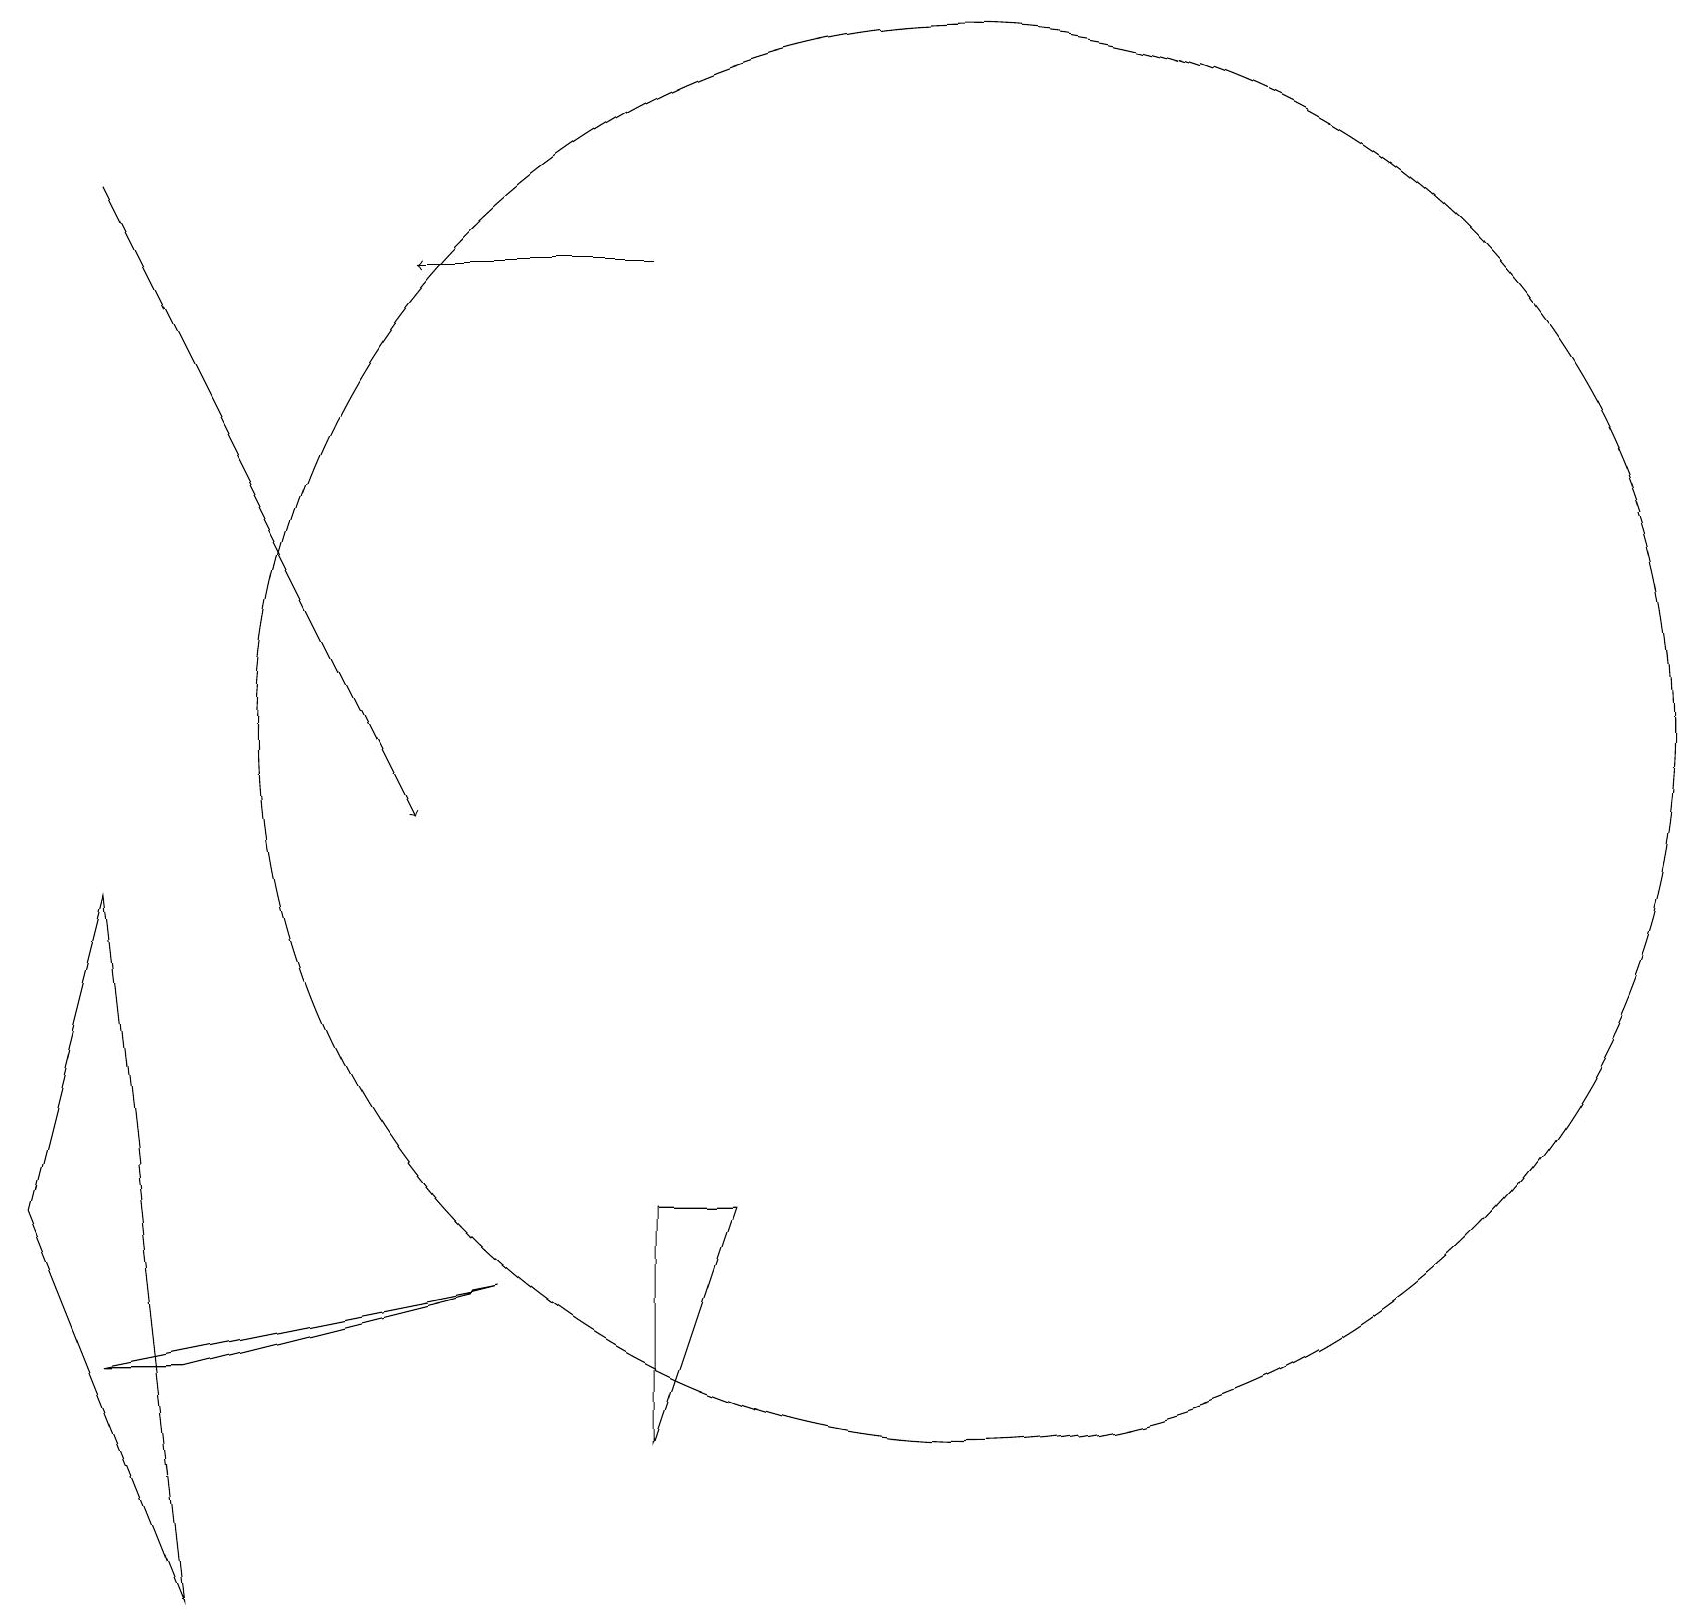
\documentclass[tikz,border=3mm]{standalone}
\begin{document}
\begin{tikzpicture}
\draw[->] (8,17) -- (5,17);
\draw (1,3) -- (2,3) -- (6,4) -- cycle;
\draw (9,5) -- (8,5) -- (8,2) -- cycle;
\draw[->] (1,18) -- (5,10);
\draw (2,0) -- (1,9) -- (0,5) -- cycle;
\draw (12,11) circle (9);
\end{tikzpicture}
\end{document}